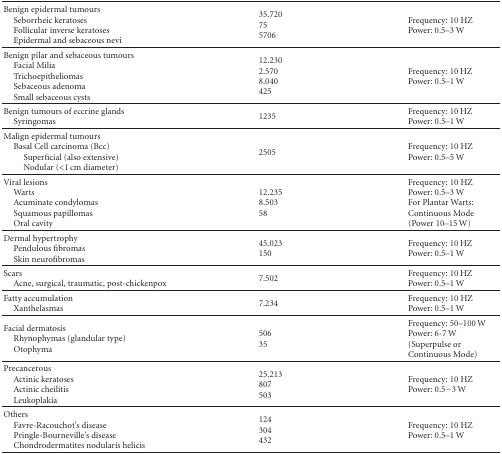
<table><thead><tr><td><b>Benign epidermal tumoursSeborrheic keratosesFollicular inverse keratosesEpidermal and sebaceous nevi</b></td><td><b> 35.720 75 5706</b></td><td><b>Frequency: 10 HZ Power: 0.5–3 W</b></td></tr></thead><tbody><tr><td>Benign pilar and sebaceous tumoursFacial MiliaTrichoepitheliomasSebaceous adenomaSmall sebaceous cysts</td><td> 12.230 2.570 8.040 425</td><td>Frequency: 10 HZ Power: 0.5–1 W</td></tr><tr><td>Benign tumours of eccrine glandsSyringomas</td><td> 1235</td><td>Frequency: 10 HZ Power: 0.5–1 W </td></tr><tr><td>Malign epidermal tumoursBasal Cell carcinoma (Bcc)Superficial (also extensive)Nodular (<b><i>&lt;</i></b>1 cm diameter)</td><td> 2505</td><td>Frequency: 10 HZ Power: 0.5–5 W</td></tr><tr><td>Viral lesionsWartsAcuminate condylomasSquamous papillomasOral cavity</td><td> 12.235 8.503 58</td><td>Frequency: 10 HZ Power: 0.5–3 W For Plantar Warts: Continuous Mode (Power 10–15 W) </td></tr><tr><td>Dermal hypertrophyPendulous fibromasSkin neurofibromas</td><td> 45.023 150</td><td>Frequency: 10 HZ Power: 0.5–1 W</td></tr><tr><td>ScarsAcne, surgical, traumatic, post-chickenpox</td><td> 7.502</td><td>Frequency: 10 HZ Power: 0.5–1 W</td></tr><tr><td>Fatty accumulationXanthelasmas</td><td> 7.234</td><td>Frequency: 10 HZ Power: 0.5–1 W </td></tr><tr><td>Facial dermatosisRhynophymas (glandular type)Otophyma</td><td> 506 35</td><td>Frequency: 50–100 W Power: 6-7 W (Superpulse or Continuous Mode) </td></tr><tr><td> PrecancerousActinic keratosesActinic cheilitisLeukoplakia</td><td> 25.213 807 503</td><td>Frequency: 10 HZ Power: 0.5−3 W</td></tr><tr><td>OthersFavre-Racouchot&#x27;s diseasePringle-Bourneville&#x27;s diseaseChondrodermatites nodularis helicis</td><td> 124 304 432</td><td>Frequency: 10 HZ Power: 0.5–1 W</td></tr></tbody></table>